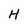
Character: H